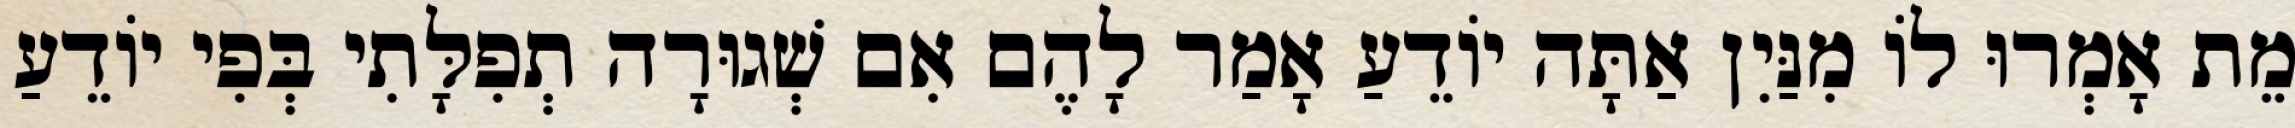
מֵת אָמְרוּ לוֹ מִנַּיִן אַתָּה יוֹדֵעַ אָמַר לָהֶם אִם שְׁגוּרָה תְפִלָּתִי בְּפִי יוֹדֵעַ